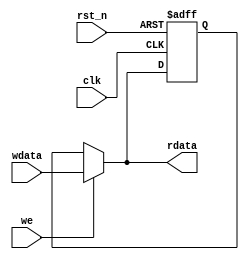
module hilo_reg(/*autoport*/
//output
            rdata,
//input
            clk,
            rst_n,
            we,
            wdata);

input wire clk;
input wire rst_n;

input wire we;
input wire[63:0] wdata;
output wire[63:0] rdata;

reg[63:0] hilo;

always @(posedge clk or negedge rst_n) begin
    if(!rst_n) begin
        hilo <= 64'b0;
    end
    else if(we) begin
        hilo <= wdata;
    end
end

assign rdata = we ? wdata : hilo;

endmodule